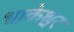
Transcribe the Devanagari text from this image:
धाकेश्वर